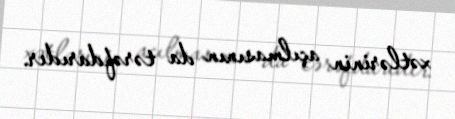
xətlərinin açılmasının da tərəfdarıdır.